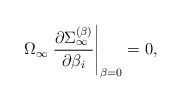
\begin{align*}\Omega_\infty \left. {\partial\Sigma_\infty^{(\beta)}\over \partial \beta_i}\right|_{\beta=0}=0,\end{align*}